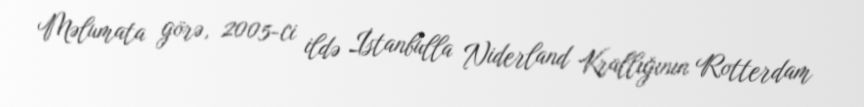
Məlumata görə, 2005-ci ildə İstanbulla Niderland Krallığının Rotterdam